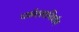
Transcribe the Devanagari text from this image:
धर्मतत्वनिर्णय